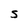
Character: S